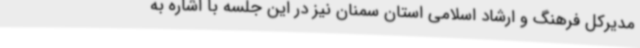
مدیرکل فرهنگ و ارشاد اسلامی استان سمنان نیز در این جلسه با اشاره به